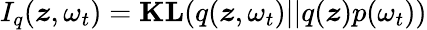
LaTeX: I_{q}(\boldsymbol{z},\omega_{t})=\textbf{KL}(q(\boldsymbol{z},\omega_{t})||q(\boldsymbol{z})p(\omega_{t}))